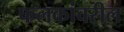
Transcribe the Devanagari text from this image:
फलकांवरील